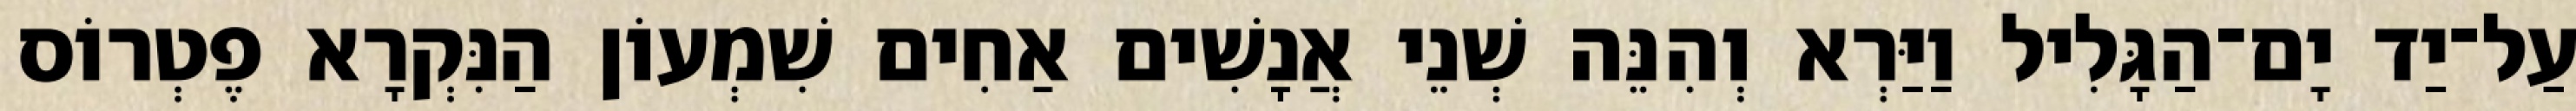
עַל־יַד יָם־הַגָּלִיל וַיַּרְא וְהִנֵּה שְׁנֵי אֲנָשִׁים אַחִים שִׁמְעוֹן הַנִּקְרָא פֶטְרוֹס